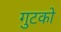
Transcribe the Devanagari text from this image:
गुटको